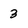
Character: 3